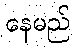
နေမည်